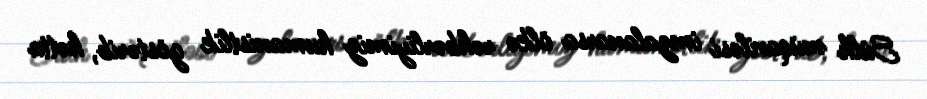
Sülh müqaviləsi imzalanarsa ölkə rəhbərliyimiz humanistlik göstərib, hətta